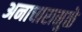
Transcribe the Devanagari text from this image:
अनाचारामुळे